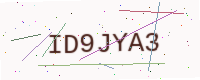
Text: ID9JYA3